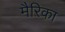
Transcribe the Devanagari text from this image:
मैरिका